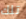
تلك